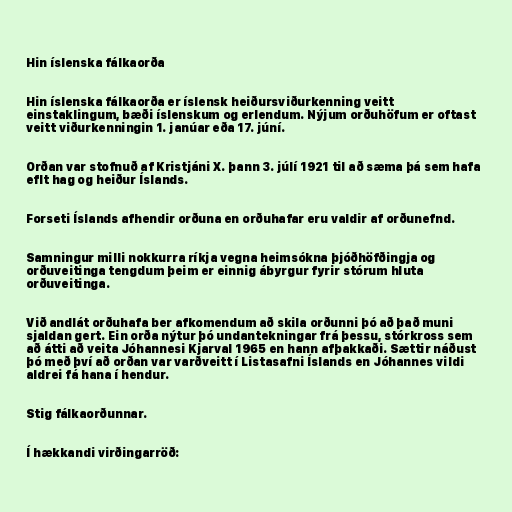
Hin íslenska fálkaorða

Hin íslenska fálkaorða er íslensk heiðursviðurkenning veitt
einstaklingum, bæði íslenskum og erlendum. Nýjum orðuhöfum er oftast
veitt viðurkenningin 1. janúar eða 17. júní.

Orðan var stofnuð af Kristjáni X. þann 3. júlí 1921 til að sæma þá sem hafa
eflt hag og heiður Íslands.

Forseti Íslands afhendir orðuna en orðuhafar eru valdir af orðunefnd.

Samningur milli nokkurra ríkja vegna heimsókna þjóðhöfðingja og
orðuveitinga tengdum þeim er einnig ábyrgur fyrir stórum hluta
orðuveitinga.

Við andlát orðuhafa ber afkomendum að skila orðunni þó að það muni
sjaldan gert. Ein orða nýtur þó undantekningar frá þessu, stórkross sem
að átti að veita Jóhannesi Kjarval 1965 en hann afþakkaði. Sættir náðust
þó með því að orðan var varðveitt í Listasafni Íslands en Jóhannes vildi
aldrei fá hana í hendur.

Stig fálkaorðunnar.

Í hækkandi virðingarröð: